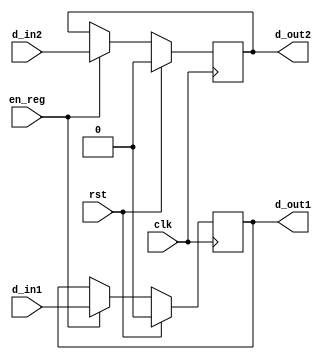
module reg_Control_MEMWB ( clk, rst, en_reg, d_in1, d_in2, d_out1, d_out2 );
    input clk, rst, en_reg;
    input d_in1, d_in2;
    output reg d_out1, d_out2; 

    always @( posedge clk ) begin
        if ( rst ) begin
			d_out1 <= 1'b0;
			d_out2 <= 1'b0;
		end	
        else if ( en_reg ) begin
			d_out1 <= d_in1;
			d_out2 <= d_in2;
		end	
    end

endmodule